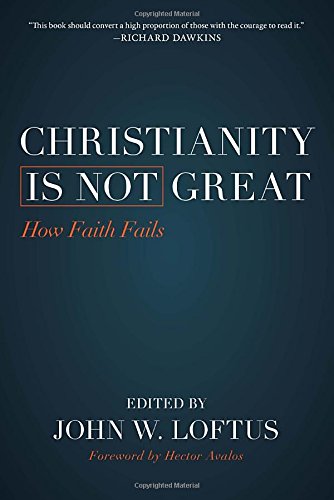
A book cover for Christianity Is Not Great: How Faith Fails; John W. Loftus; Religion & Spirituality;